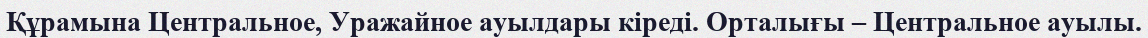
Құрамына Центральное, Уражайное ауылдары кіреді. Орталығы – Центральное ауылы.